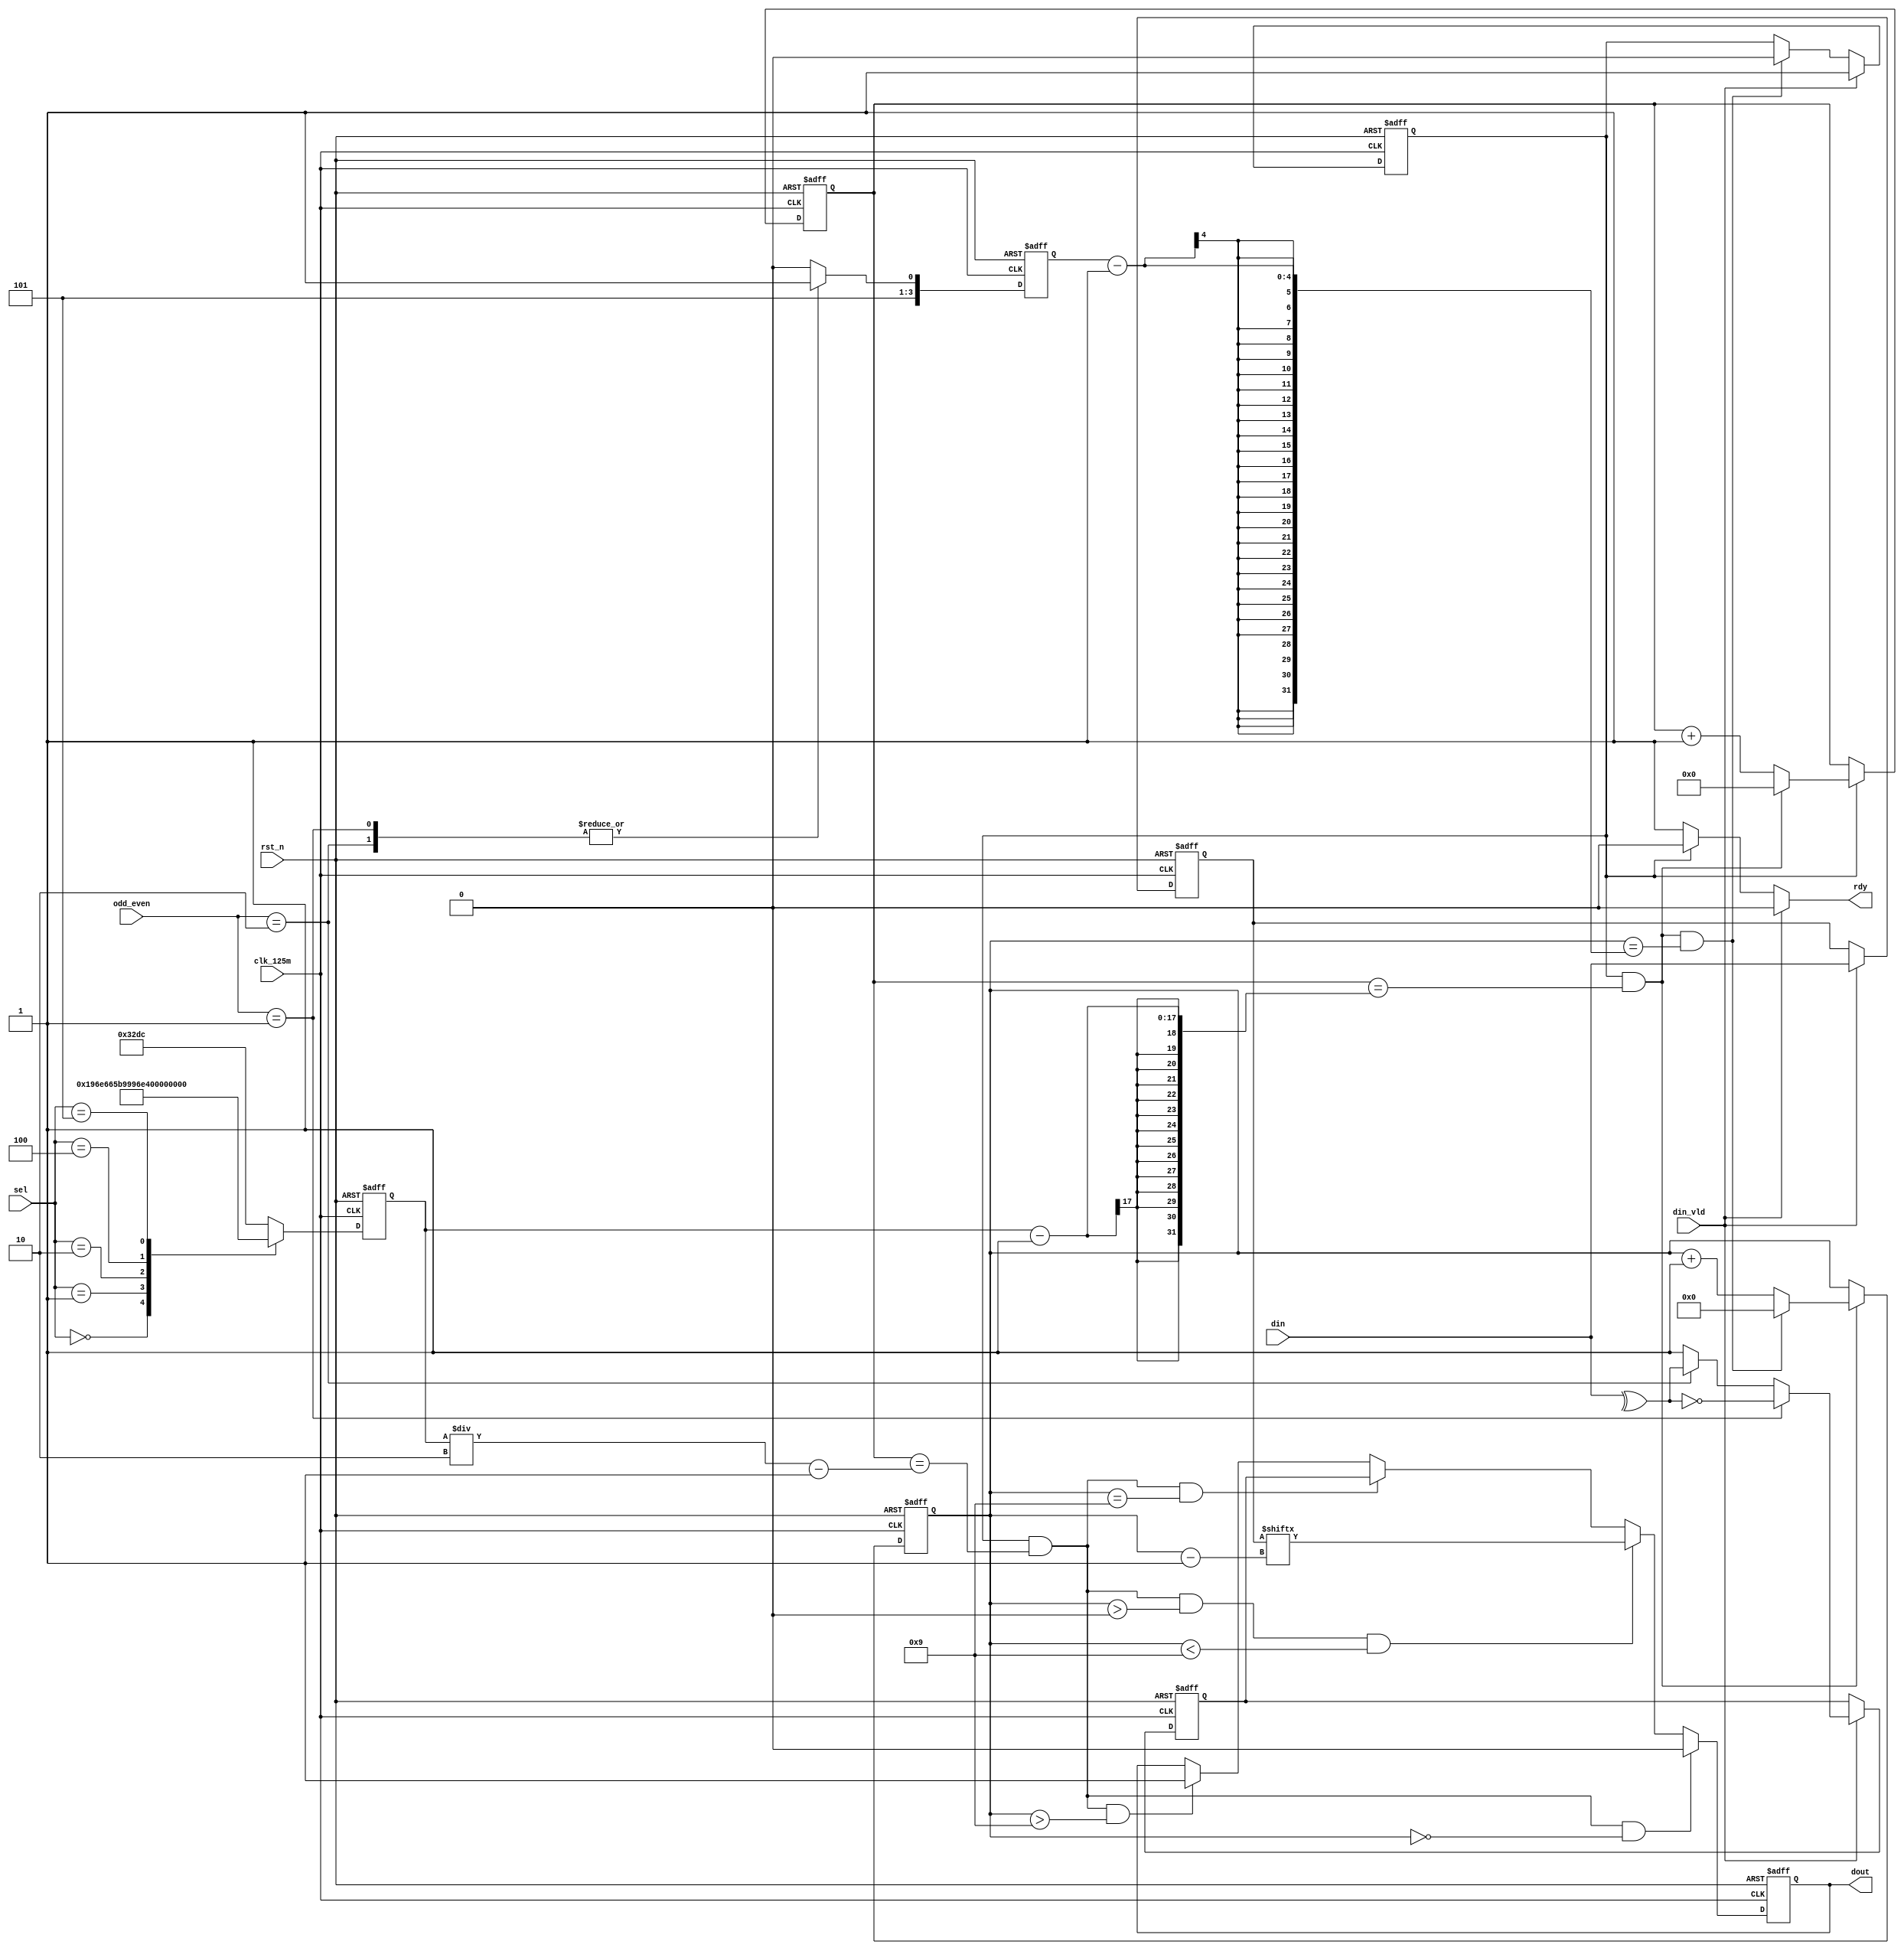
module uart_tx(
    input             clk_125m,
    input             rst_n   ,
	input       [3:0] sel	  ,
	input       [3:0] odd_even,
	input       [7:0] din     ,
	input             din_vld ,

    output reg        dout    ,
    output reg        rdy     
);

	reg [16:0] bps;
	reg [3:0]  bit_num;
	reg [7:0]  din_reg;
    reg [19:0] cnt_bps;
    wire       add_bps;
    wire       end_bps;
    wire       bps_2;
	
    reg [3:0]  cnt_bit;
    wire       add_cnt_bit;
    wire       end_cnt_bit;
    reg        flag_bps_count;
	
	reg		   check;
	
    wire                out_data1;
    wire                out_data2;
    wire                out_data3;
    wire                out_data4;

	always @ (posedge clk_125m or negedge rst_n)begin
		if(!rst_n)begin
			bps <= 13_020;
		end
		else begin
			case(sel)
				0:bps <= 104_166;//1200
				1:bps <= 52_083;//2400
				2:bps <= 26_041;//4800
				3:bps <= 13_020;//9600
				4:bps <= 6_510;//19200
				5:bps <= 1_085;//115200
				default:bps <= 13_020;
			endcase
		end
	end
	
	always @ (posedge clk_125m or negedge rst_n)begin
		if(!rst_n)begin
			bit_num <= 4'hf;
		end
		else begin
			case(odd_even)
				0:bit_num <= 10;
				1:bit_num <= 11;
				2:bit_num <= 11;
				default:bit_num <= 10;
			endcase
		end
	end
	
	always @ (posedge clk_125m or negedge rst_n)begin
		if(!rst_n)begin
			din_reg <= 0;
		end
		else if(din_vld)begin
			din_reg <= din;
		end
	end
	
    always @ (posedge clk_125m or negedge rst_n)begin
        if(!rst_n)begin
            cnt_bps <= 0;
        end
        else if(add_bps)begin
            if(end_bps)begin
                cnt_bps <= 0;
            end
            else begin
                cnt_bps <= cnt_bps + 1'b1;
            end
        end
    end

    assign add_bps = flag_bps_count;
    assign end_bps = add_bps && cnt_bps == bps-1;
    assign bps_2   = add_bps && cnt_bps == bps/2-1;

    always @ (posedge clk_125m or negedge rst_n)begin
        if(!rst_n)begin
            cnt_bit <= 0;
        end
        else if(add_cnt_bit)begin
            if(end_cnt_bit)begin
                cnt_bit <= 0;
            end
            else begin
                cnt_bit <= cnt_bit + 1'b1;
            end
        end
    end

    assign add_cnt_bit = end_bps;
    assign end_cnt_bit = add_cnt_bit && cnt_bit == bit_num-1;

    always @ (posedge clk_125m or negedge rst_n)begin
        if(!rst_n)begin
            flag_bps_count <= 0;
        end
        else if(din_vld)begin
            flag_bps_count <= 1;
        end
        else if(end_cnt_bit)begin
            flag_bps_count <= 0;
        end
    end
	
	always @ (posedge clk_125m or negedge rst_n)begin
		if(!rst_n)begin
			check <= 0;
		end
		else if(din_vld)begin
			if(odd_even == 4'd1)
				check <= ~(^din);
			else if(odd_even == 4'd2)
				check <= ^din;
			else
				check <= 1;
		end
	end

    always  @(posedge clk_125m or negedge rst_n)begin
        if(!rst_n)begin
            dout <= 1;
        end
        else if(out_data1)begin
            dout <= 0;
        end
        else if(out_data2)begin
            dout <= din_reg[cnt_bit-1];
        end
        else if(out_data3)begin
            dout <= check;
        end
		else if(out_data4)begin
			dout <= 1;
		end
    end
   
    assign out_data1 = bps_2 && cnt_bit == 0;
    assign out_data2 = bps_2 && cnt_bit > 0 && cnt_bit < 9;
    assign out_data3 = bps_2 && cnt_bit == 9;
    assign out_data4 = bps_2 && cnt_bit > 9;

	always  @(*)begin
        if(din_vld)begin
            rdy = 0;
        end
        else if(flag_bps_count)begin
            rdy = 0;
        end
        else begin
            rdy = 1;
        end
    end

endmodule